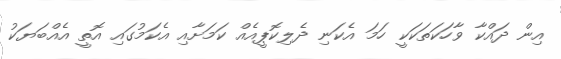
އިން ދައްކާ ވާހަކަތަކަކީ ހަމަ އެކަނި ދެލިކޮޕީއެއް ކަމަށާއި އެކަމުގައި އޮތީ އެއްބަޔަކު